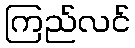
ကြည်လင်